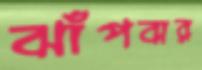
ঝাঁপবার